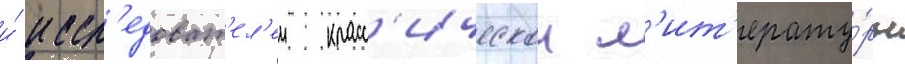
и́ иссл'едоват'ел'еи класс'ическои л'ит'ерату́ры